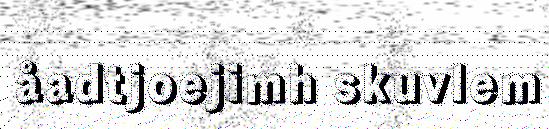
åadtjoejimh skuvlem